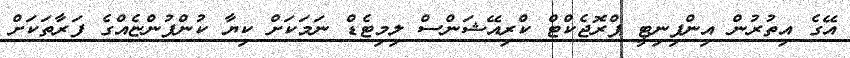
އޭގެ އިތުރުން އިންފިނިޓީ ޕްރޮޖެކްޓް ކްރިއޭޝަންސް ލިމިޓެޑް ނަމަކަށް ކިޔާ ކުންފުންޏެއްގެ ފަރާތަކަށް